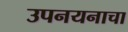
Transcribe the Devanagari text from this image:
उपनयनाचा